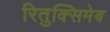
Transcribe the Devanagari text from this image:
रितुक्सिमेब